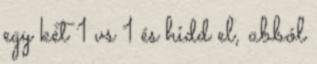
egy két 1 vs 1 és hidd el, abból